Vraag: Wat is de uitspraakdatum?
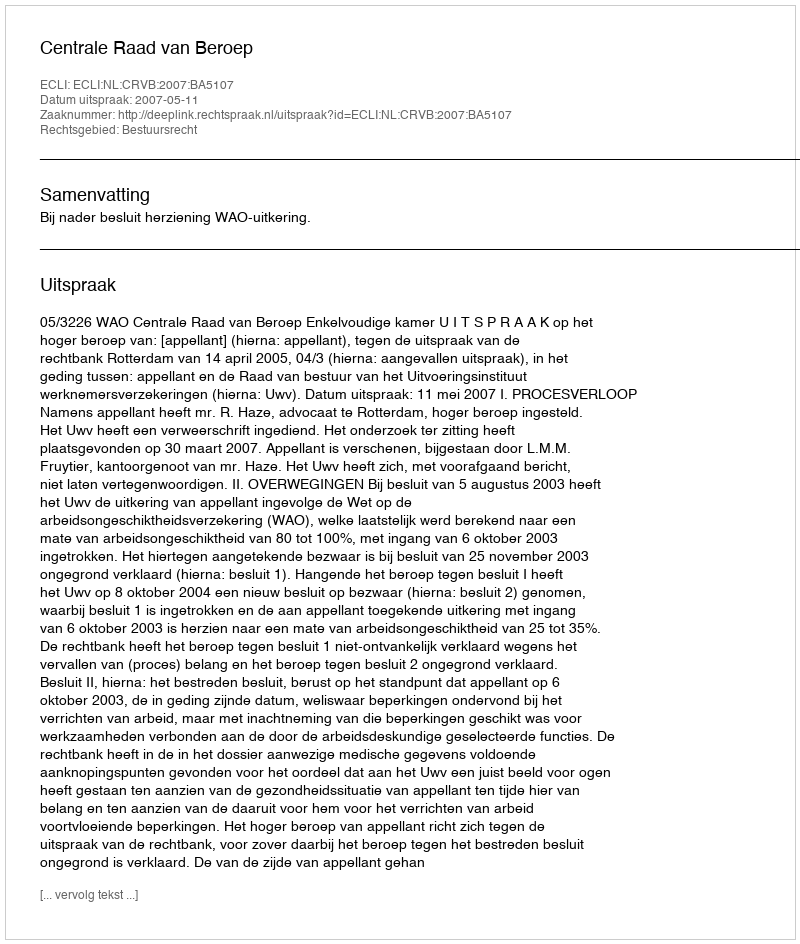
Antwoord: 2007-05-11